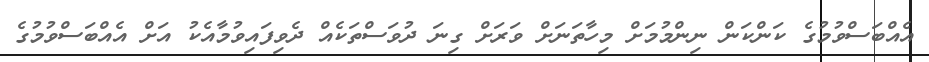
އެއްބަސްވުމުގެ ކަންކަން ނިންމުމަށް މިހާތަނަށް ވަރަށް ގިނަ ދުވަސްތަކެއް ދެވިފައިވުމާއެކު އަށް އެއްބަސްވުމުގެ